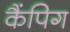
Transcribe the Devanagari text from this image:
कैंपिग